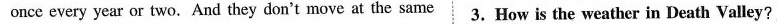
once every year or two. And they don't move at the same 3.How is the weather in Death Valley?